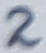
Text: 2